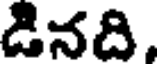
డినది.